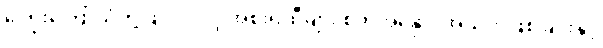
ကြွေးကြော်သံတို့ဖြင့် ဝင်လို့ အစိုးရထီများ စိတ်အနှောင့်အယှက်ဖြစ်ခြင်းနှင့်